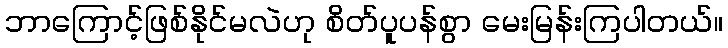
ဘာကြောင့်ဖြစ်နိုင်မလဲဟု စိတ်ပူပန်စွာ မေးမြန်းကြပါတယ်။